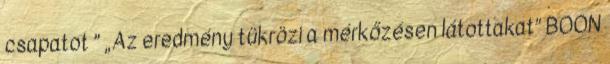
csapatot ” „Az eredmény tükrözi a mérkőzésen látottakat” BOON